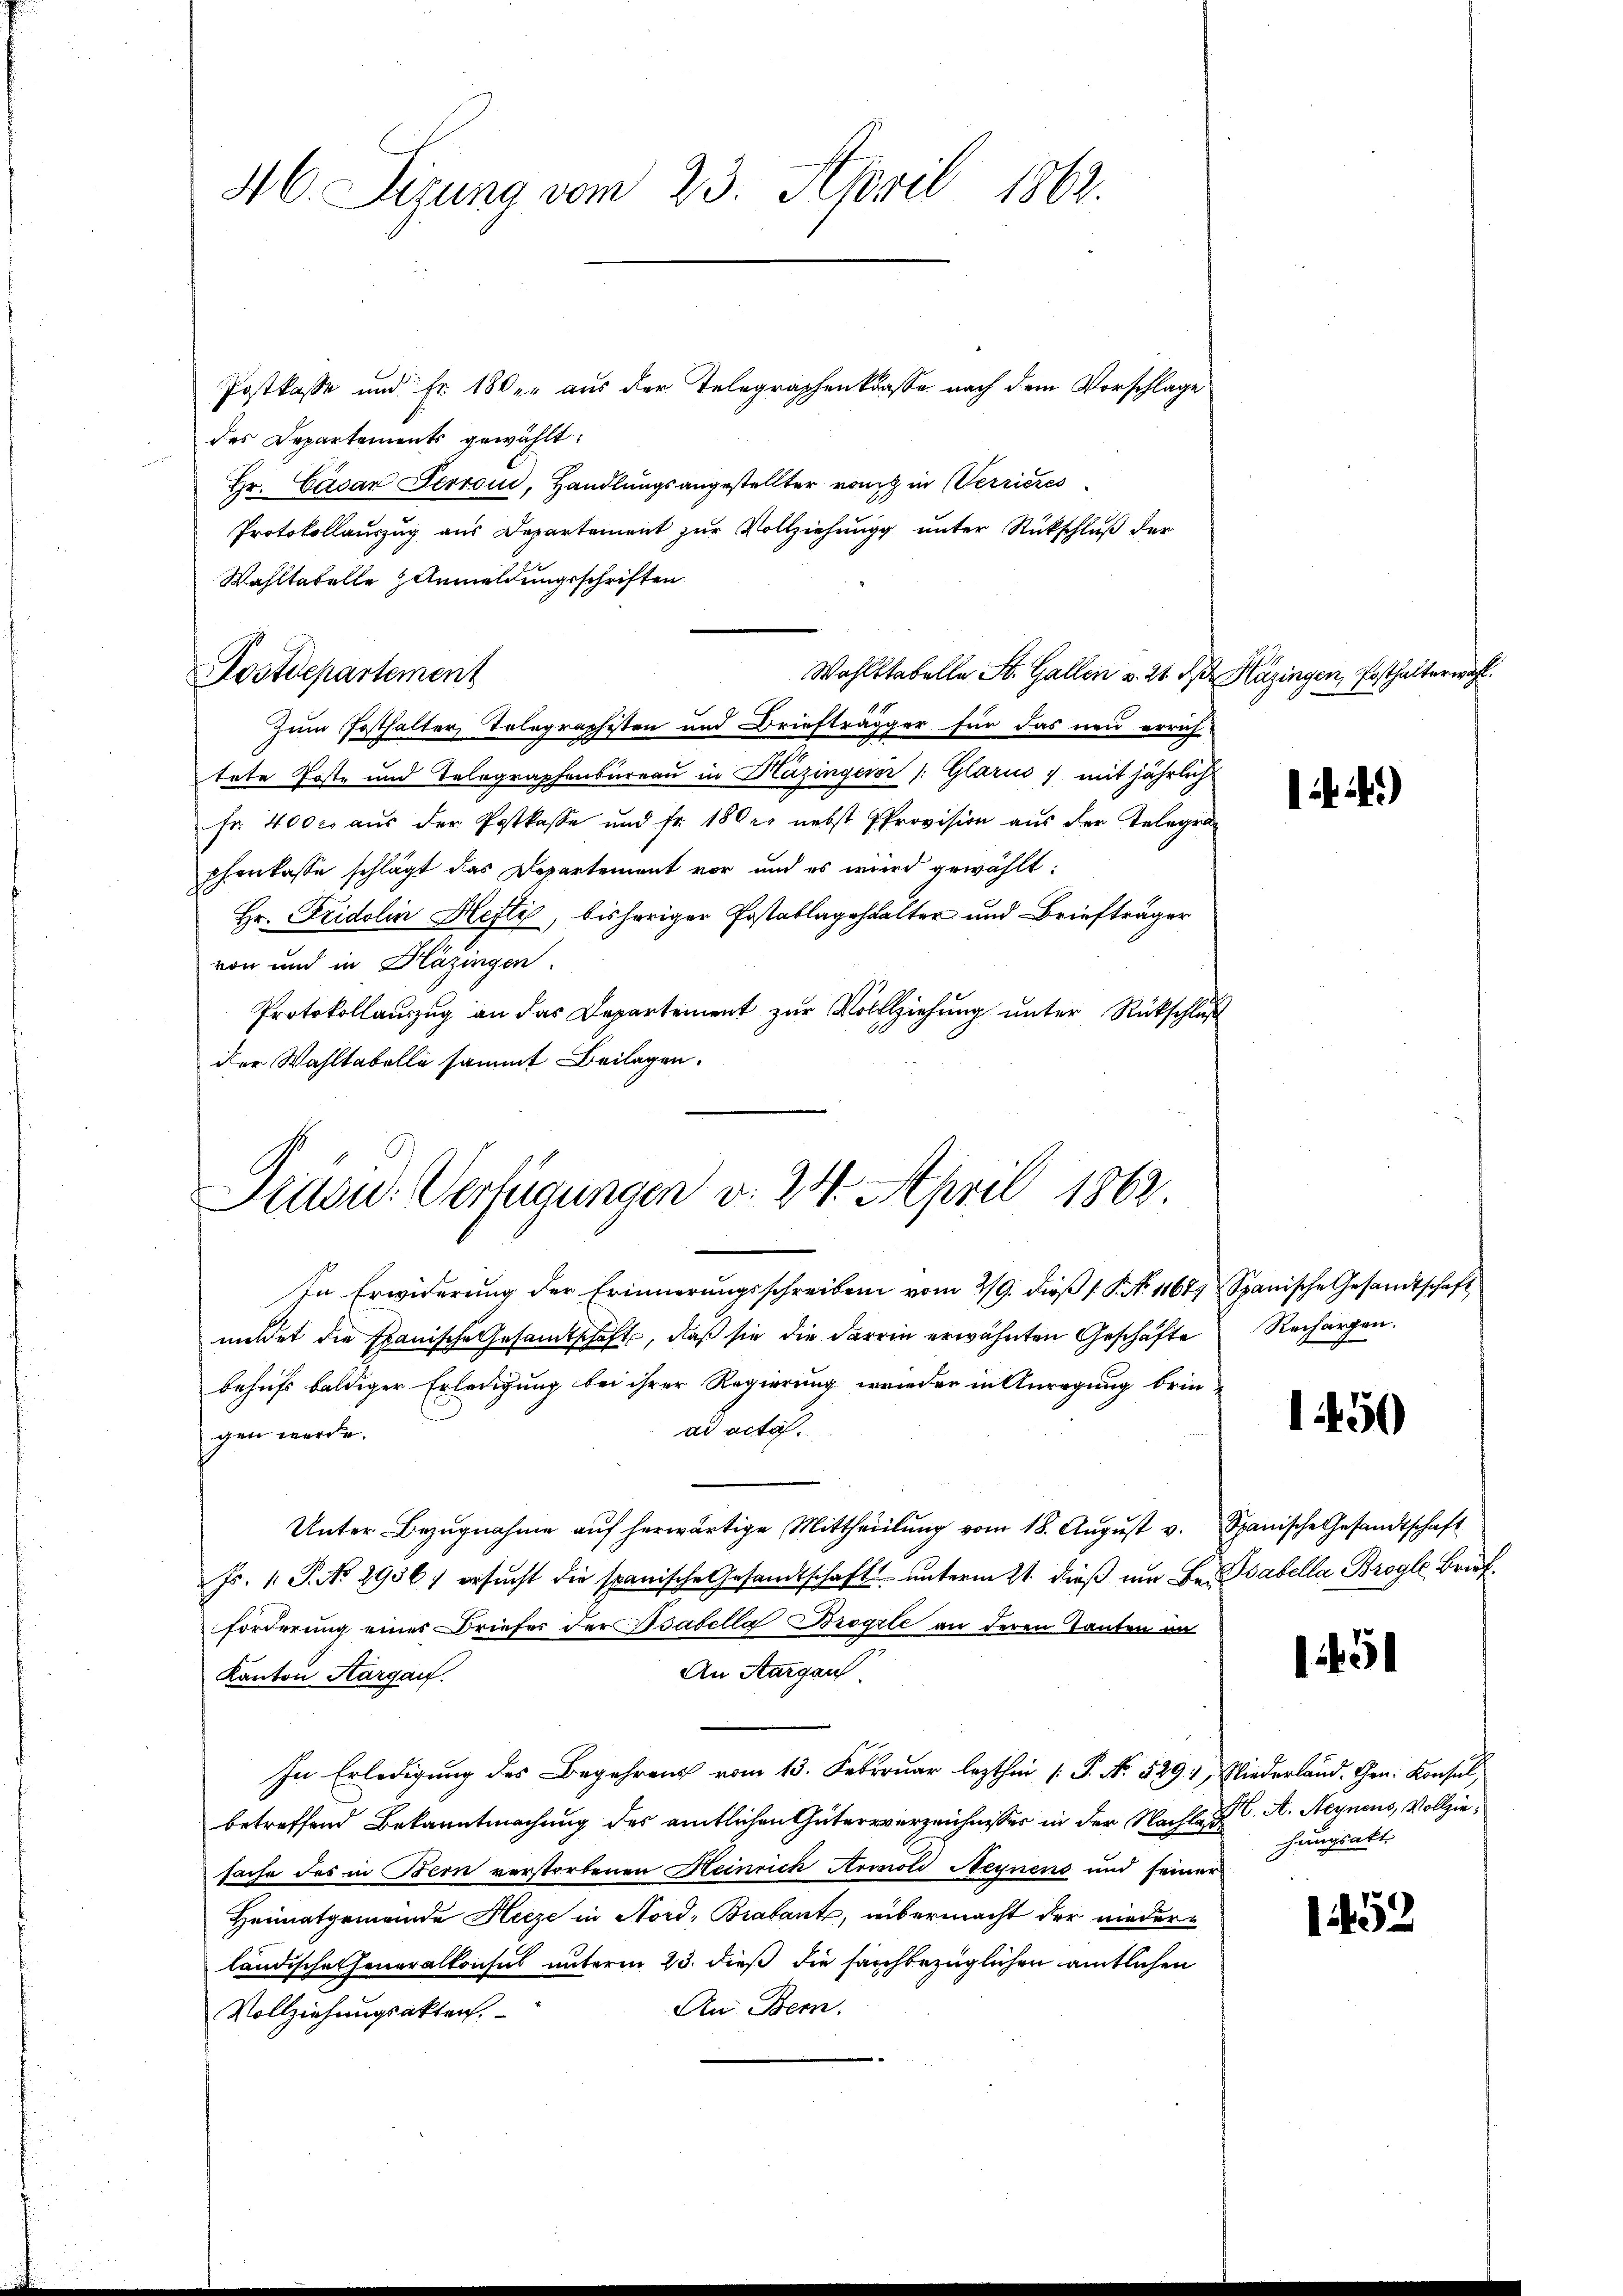
46. Sizung vom 23. April 1862.

Postkasse und Fr. 180. aus der Telegraphenkasse nach dem Vorschlage
des Departements gewählt:
zin de
Hr. Cäsar Terroni, Handlungsangestellter von in Verrieres
Protokollauszug aus Departement zur Vollziehungg unter Rückschluß der
Wahltabelle Anmeldungsschriften
Zum Festhalter Telegraphisten und Briefträgger für das neu errich-
tete Poste und Telegraphenbureau in Hazingerer /: Glarus mit jährlich
fr. 400 c. aus der Postkasse und fr. 180 er nebst Provision aus der Telegra
pfenkasse schlägt das Departement vor und es wird gewählt:
Hr. Fridolin Hefti, bisheriger Postablagehalter und Briefträger
von und in Bläsingen.
Protokollauszug an das Departement zur Vollziehung unter Rückschluß
der Wahltabelle sammt Beilagen.

Postdepartement

Wohlstabelle St. Gallen v. 21. d. Häzingen, Ersthalterwahl

Drau. Verfügungen v. 24. April 1862.

In Erwiderŭng der Erinnerŭngsschreiben vom 29. dieβ / P. N. 11671 Spanische Gesandtschaft
meldet die Spanische Gesamtschaft, daß sie die darin erwähnten Geschäfte Rechargen.
behufs baldiger Erledigung bei ihrer Regierung wieder in Anregung brin-
ad acta.
gen werde.
Unter Bezŭgnahme aŭf herwärtige Mittheilŭng vom 18. Aŭgŭst v. Spanische Gesandtschaft
Fs. 1. P. No 2936) ersŭcht die spanische Gesandtschaft ŭnterm 21. dieβ ŭm Be. Babella Brogle Brief
forderung eines Briefer der Bsabella Brogrle an deren Tanten im
An Aargau
Kanton Aargau.
In Erledigung des Begehrens vom 13. Februar lezthin [P. Nr. 529. 1, Niederland. Gen. Konsul
betreffend Bekanntmachung des amtlichen Güterverzeichnisser in der Nachlag. A. Heynens, Vollziesache des in Bern verstorbenen Heinrich Arnold Negnens und seiner
Heimatgemeinde Herze in Nord-Brabant, übermacht der niederländischeheneralkonsul unterm 23. dieß die sarchbezüglichen amtlichen
An Bern.
Vollziehungsakten.

4)

1450

¬

1452

hungsakt,